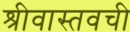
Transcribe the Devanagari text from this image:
श्रीवास्तवची